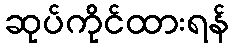
ဆုပ်ကိုင်ထားရန်